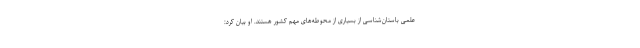
علمی باستان‌شناسی از بسیاری از محوطه‌های مهم کشور هستند. او بیان کرد: